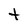
Character: t